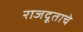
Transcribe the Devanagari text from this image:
राजदूताचे